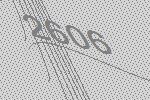
2606